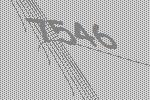
7546